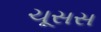
ચૂસસ